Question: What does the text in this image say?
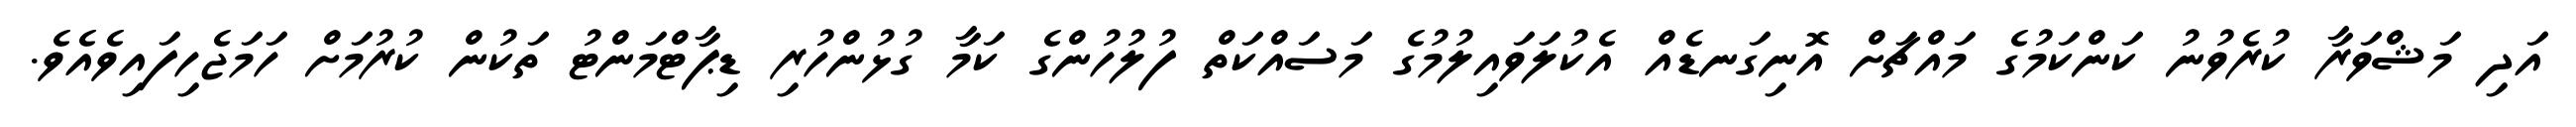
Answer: އަދި މަޝްވަރާ ކުރެވުނު ކަންކަމުގެ މައްޗަށް އޮނިގަނޑެއް އެކުލަވައިލުމުގެ މަސައްކަތް ފުލުހުންގެ ކަމާ ގުޅުންހުރި ޑިޕާޓްމަންޓު ތަކުން ކުރުމަށް ހަމަޖެހިފައިވެއެވެ.